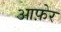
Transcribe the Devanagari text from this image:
आफ़ेर